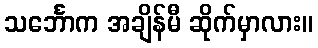
သင်္ဘောက အချိန်မီ ဆိုက်မှာလား။